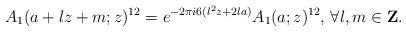
LaTeX: \begin{align*}A_{1}(a+lz+m;z)^{12}=e^{-2 \pi i 6(l^2 z+2la)}A_{1}(a;z)^{12}\textrm{, }\forall l,m\in\textbf{Z}.\end{align*}